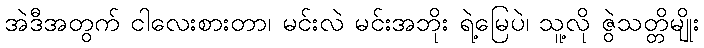
အဲဒီအတွက် ငါလေးစားတာ၊ မင်းလဲ မင်းအဘိုး ရဲ့မြေပဲ၊ သူ့လို ဇွဲသတ္တိမျိုး